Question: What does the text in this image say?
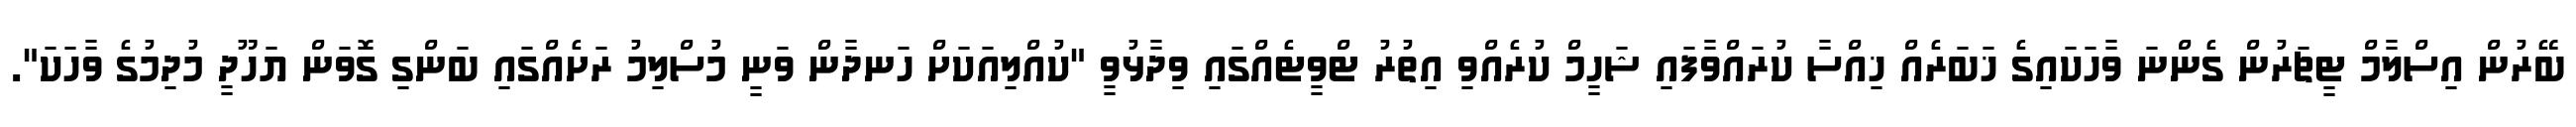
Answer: ބޭރުން އިސްލާމް ޓީޗަރުން ގެންނަ ވާހަކައިގެ ޚަބަރެއް ޚިއްސާ ކުރައްވާފައި ޝަހީމް ކުރެއްވި އިތުރު ޓްވީޓެއްގައި ވިދާޅުވީ "ކުއްލިއަކަށް ހަނދާން ވަނީ މުސްލިމު ރަށެއްގައި ބަންގި ގޮވަން ޔަހޫދީ މުދިމުގެ ވާހަކަ".